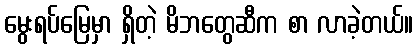
မွေးရပ်မြေမှာ ရှိတဲ့ မိဘတွေဆီက စာ လာခဲ့တယ်။